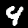
Label: 4